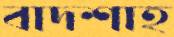
বাদশাহ